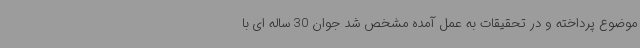
موضوع پرداخته و در تحقیقات به عمل آمده مشخص شد جوان 30 ساله ای با